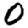
Digit: 0